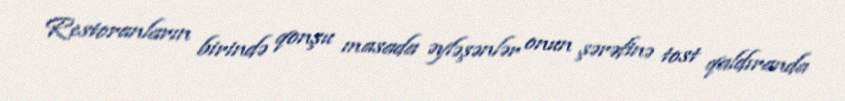
Restoranların birində qonşu masada əyləşənlər onun şərəfinə tost qaldıranda